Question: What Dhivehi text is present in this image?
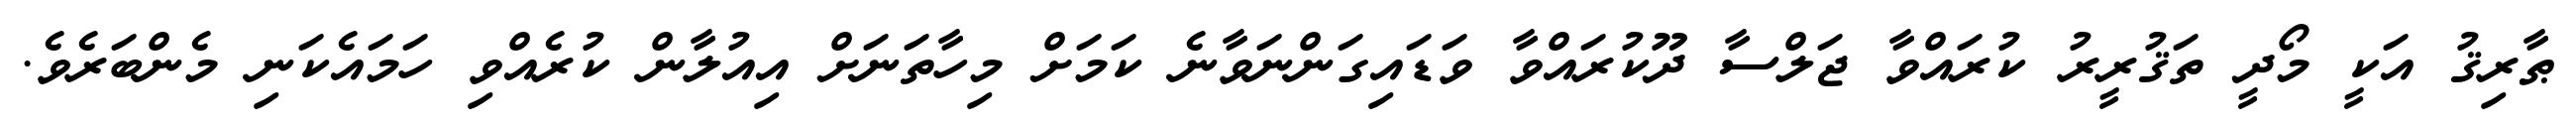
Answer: ޠާރިޤު އަކީ މޯދީ ތަޤުރީރު ކުރައްވާ ޖަލްސާ ދޫކުރައްވާ ވަޑައިގަންނަވާނެ ކަމަށް މިހާތަނަށް އިއުލާން ކުރެއްވި ހަމައެކަނި މެންބަރެވެ.